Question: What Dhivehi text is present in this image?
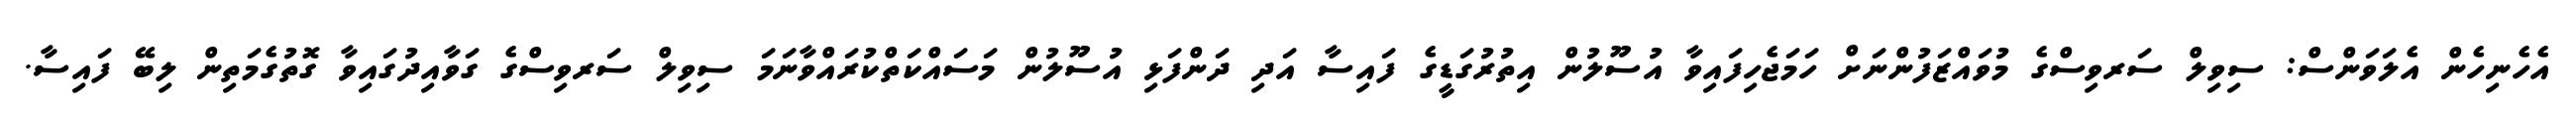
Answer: އެހެނިހެން އެލަވަންސް: ސިވިލް ސަރވިސްގެ މުވައްޒަފުންނަށް ހަމަޖެހިފައިވާ އުސޫލުން އިތުރުގަޑީގެ ފައިސާ އަދި ދަންފަޅި އުސޫލުން މަސައްކަތްކުރައްވާނަމަ ސިވިލް ސަރވިސްގެ ގަވާއިދުގައިވާ ގޮތުގެމަތިން ލިބޭ ފައިސާ.